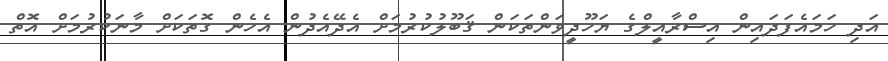
އަދި ހަމައެފަދައިން އިސްރާއީލްގެ ޔަހޫދީވަންތަކަން ޤަބޫލުކުރުމަށް އެދޭއެދުން އެހެން ގޮތަކަށް މާނަކުރުމަށް އޮތް